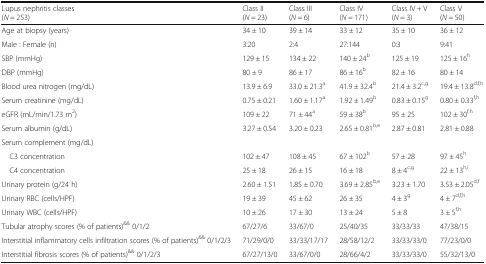
<table><thead><tr><td><b>Lupus nephritis classes(<i>N</i> = 253)</b></td><td><b>Class II(<i>N</i> = 23)</b></td><td><b>Class III(<i>N</i> = 6)</b></td><td><b>Class IV(<i>N</i> = 171)</b></td><td><b>Class IV + V(<i>N</i> = 3)</b></td><td><b>Class V(<i>N</i> = 50)</b></td></tr></thead><tbody><tr><td>Age at biopsy (years)</td><td>34 ± 10</td><td>39 ± 14</td><td>33 ± 12</td><td>35 ± 10</td><td>36 ± 12</td></tr><tr><td>Male : Female (n)</td><td>3:20</td><td>2:4</td><td>27:144</td><td>0:3</td><td>9:41</td></tr><tr><td>SBP (mmHg)</td><td>129 ± 15</td><td>134 ± 22</td><td>140 ± 24<sup>b</sup></td><td>125 ± 19</td><td>125 ± 16<sup>h</sup></td></tr><tr><td>DBP (mmHg)</td><td>80 ± 9</td><td>86 ± 17</td><td>86 ± 16<sup>b</sup></td><td>82 ± 16</td><td>80 ± 14</td></tr><tr><td>Blood urea nitrogen (mg/dL)</td><td>13.9 ± 6.9</td><td>33.0 ± 21.3<sup>a</sup></td><td>41.9 ± 32.4<sup>b</sup></td><td>21.4 ± 3.2<sup>c,g</sup></td><td>19.4 ± 13.8<sup>d,f,h</sup></td></tr><tr><td>Serum creatinine (mg/dL)</td><td>0.75 ± 0.21</td><td>1.60 ± 1.17<sup>a</sup></td><td>1.92 ± 1.49<sup>b</sup></td><td>0.83 ± 0.15<sup>g</sup></td><td>0.80 ± 0.33<sup>f,h</sup></td></tr><tr><td>eGFR (mL/min/1.73 m<sup>2</sup>)</td><td>109 ± 22</td><td>71 ± 44<sup>a</sup></td><td>59 ± 38<sup>b</sup></td><td>95 ± 25</td><td>102 ± 30<sup>f,h</sup></td></tr><tr><td>Serum albumin (g/dL)</td><td>3.27 ± 0.54</td><td>3.20 ± 0.23</td><td>2.65 ± 0.81<sup>b,e</sup></td><td>2.87 ± 0.81</td><td>2.81 ± 0.88</td></tr><tr><td colspan="6">Serum complement (mg/dL)</td></tr><tr><td> C3 concentration</td><td>102 ± 47</td><td>108 ± 45</td><td>67 ± 102<sup>b</sup></td><td>57 ± 28</td><td>97 ± 45<sup>h</sup></td></tr><tr><td> C4 concentration</td><td>25 ± 18</td><td>26 ± 15</td><td>16 ± 18</td><td>8 ± 4<sup>c,g</sup></td><td>22 ± 13<sup>h,i</sup></td></tr><tr><td>Urinary protein (g/24 h)</td><td>2.60 ± 1.51</td><td>1.85 ± 0.70</td><td>3.69 ± 2.85<sup>b,e</sup></td><td>3.23 ± 1.70</td><td>3.53 ± 2.05<sup>d,f</sup></td></tr><tr><td>Urinary RBC (cells/HPF)</td><td>19 ± 39</td><td>45 ± 62</td><td>26 ± 35</td><td>4 ± 3<sup>g</sup></td><td>4 ± 7<sup>d,f,h</sup></td></tr><tr><td>Urinary WBC (cells/HPF)</td><td>10 ± 26</td><td>17 ± 30</td><td>13 ± 24</td><td>5 ± 8</td><td>3 ± 5<sup>f,h</sup></td></tr><tr><td>Tubular atrophy scores (% of patients)<sup>&amp;&amp;</sup> 0/1/2</td><td>67/27/6</td><td>33/67/0</td><td>25/40/35</td><td>33/33/33</td><td>47/38/15</td></tr><tr><td>Interstitial inflammatory cells infiltration scores (% of patients)<sup>&amp;&amp;</sup> 0/1/2/3</td><td>71/29/0/0</td><td>33/33/17/17</td><td>28/58/12/2</td><td>33/33/33/0</td><td>77/23/0/0</td></tr><tr><td>Interstitial fibrosis scores (% of patients)<sup>&amp;&amp;</sup> 0/1/2/3</td><td>67/27/13/0</td><td>33/67/0/0</td><td>28/66/4/2</td><td>33/33/33/0</td><td>55/32/13/0</td></tr></tbody></table>